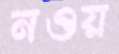
নওয়